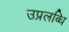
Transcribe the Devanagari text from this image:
उप्रलब्धि